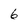
Character: 6